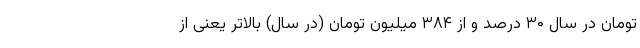
تومان در سال ۳۰ درصد و از ۳۸۴ میلیون تومان (در سال) بالاتر یعنی از